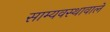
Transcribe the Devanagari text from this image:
साम्यवस्थावाले